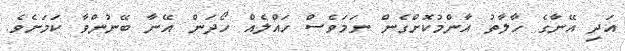
އަދި އޭނާގެ ހާލާތު އާންމުކޮށްގެން ނަމަވެސް ހައްލެއް ހޯދަން އޭނާ ބޭނުންވާ ކަމަށެވެ.